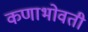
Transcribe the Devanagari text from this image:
कणाभोवती